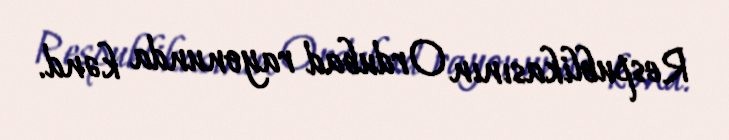
Respublikasının Ordubad rayonunda kənd.